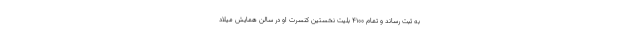
به ثبت رساند و تمام ۴۱۰۰ بلیت نخستین کنسرت او در سالن همایش میلاد